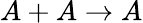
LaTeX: A+A\to A